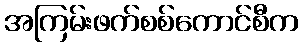
အကြမ်းဖက်စစ်ကောင်စီက